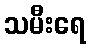
သမီးရေ